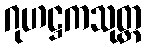
ဂုဟဋ္ဌကသုတ္တ